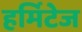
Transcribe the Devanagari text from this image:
हर्मिटेज